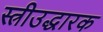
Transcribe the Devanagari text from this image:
स्त्रीउद्धारक